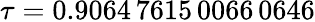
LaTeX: \tau=0.9064\, 7615\, 0066\, 0646